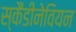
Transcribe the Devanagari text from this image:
स्कैंडीनेवियन